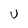
Character: U